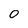
Character: 0